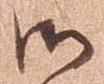
御